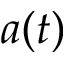
a ( t )